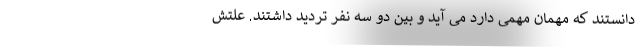
دانستند که مهمان مهمی دارد می آید و بین دو سه نفر تردید داشتند. علتش